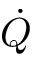
\dot { Q }